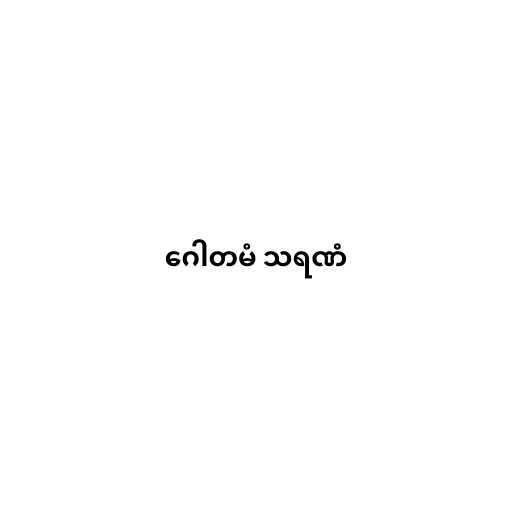
ဂေါတမံ သရဏံ